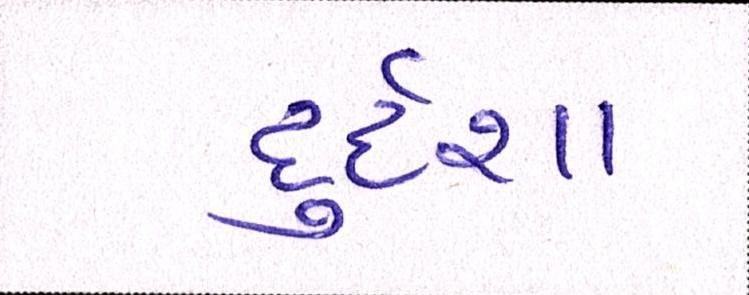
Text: દુર્દશા